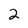
Character: 2